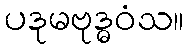
ပဒုမဗုဒ္ဓဝံသ။